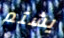
يشتم